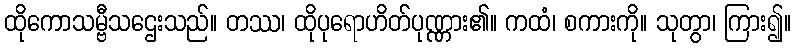
ထိုကောသမ္ဗီသဌေးသည်။ တဿ၊ ထိုပုရောဟိတ်ပုဏ္ဏား၏။ ကထံ၊ စကားကို။ သုတွာ၊ ကြား၍။